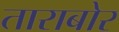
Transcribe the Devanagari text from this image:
ताराबोर